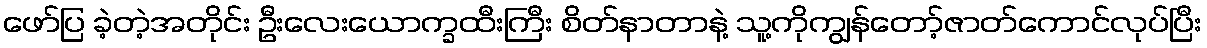
ဖော်ပြ ခဲ့တဲ့အတိုင်း ဦးလေးယောက္ခထီးကြီး စိတ်နာတာနဲ့ သူ့ကိုကျွန်တော့်ဇာတ်ကောင်လုပ်ပြီး